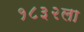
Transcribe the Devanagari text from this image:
१८३२ला